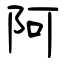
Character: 阿